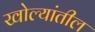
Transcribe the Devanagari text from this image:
खोल्यांतील